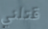
قتلني